Reports on military cantonments and civil stations in the Presidency of Bombay inspected by the Sanitary Commissioner in the years 1875 and 1876
Year: 1875
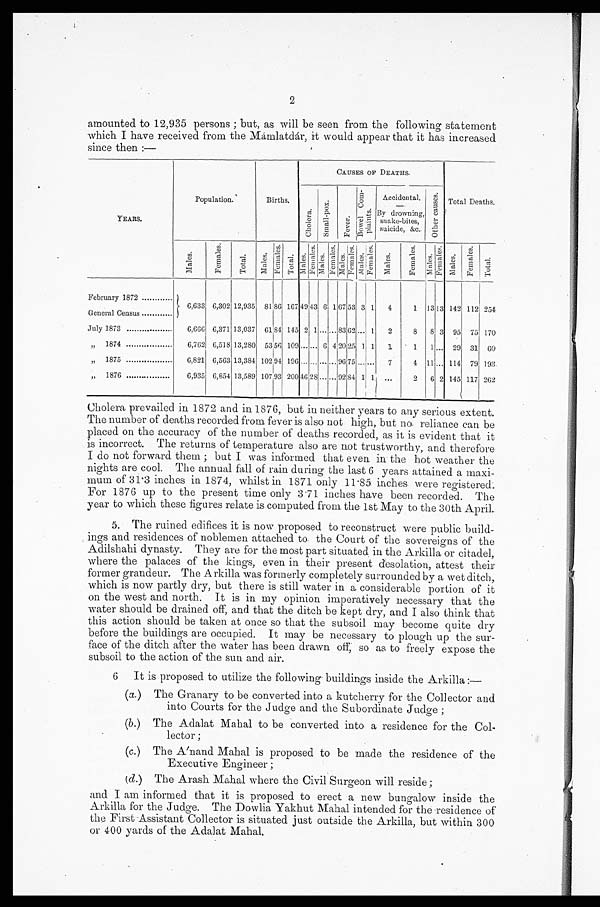
2
amounted to 12,935 persons; but, as will be seen from the following statement
which I have received from the Mámlatdár, it would appear that it has increased
since then:—
Y E A R S .
Population.
Births.
CAUSES OF DEATHS.
C h o l e r a .
S m a l l - p o x .
F e v e r .
B o w e l C o m - p l a i n t s . Accidental.
By drowning,
snake-bites,
suicide, &c. O t h e r c a u s e s .
Total Deaths,
M a l e s .
F e m a l e s .
T o t a l .
M a l e s .
F e ma l e s .
T o t a l . M a l e s .
F e m a l e s .
M a l e s .
F e m a l e s .
M a l e s .
Fe ma l e s . M a l e s .
F e m a l e s . M a l e s .
F e m a l e s .
M a l e s .
F e m a l e s .
M a l e s .
F e m a l e s .
T o t a l .
February 1872 . . .
6,633 6,302 12,935 81 86 167 49
4 3 6 1 67 53 3 1 4
1 13 13 142 112 254
General Census . . .
July 1873 . . .
6,666 6,371 13,037 61 84 145 2 1 . . . . . . 83 62 . . . 1 2
8 8 3 95 75 170
" 1874 . . .
6,762 6,518 13,280
5 3
56 109 . . . . . . 6 4 20 25 1 1 1
1 1 . . . 29 31 60
" 1875 . . .
6,821 6,563 13,384 102 94 196 . . . . . . . . . . . . 96 75 . . . . . . 7
4 11 . . . 114 79 193
" 1876 . . .
6,935 6,654 13,589 107 93 200 46 28 . . .
. . . 92 84 1 1 . . .
2 6 2 145 117 262
Cholera prevailed in 1872 and in 1876, but in neither years to any serious extent.
The number of deaths recorded from fever is also not high, but no reliance can be
placed on the accuracy of the number of deaths recorded, as it is evident that it
is incorrect. The returns of temperature also are not trustworthy, and therefore
I do not forward them; but I was informed that even in the hot weather the
nights are cool. The annual fall of rain during the last 6 years attained a maxi--
mum of 31.3 inches in 1874, whilst in 1871 only 11.85 inches were registered.
For 1876 up to the present time only 3.71 inches have been recorded. The
year to which these figures relate is computed from the 1st May to the 30th April.
5. The ruined edifices it is now proposed to reconstruct were public build-
- i n g s a n d r e s i d e n c e s o f n o b l e m e n a t t a c h e d t o t h e C o u r t o f t h e s o v e r e i g n s o f t h e
Adilshahi dynasty. They are for the most part situated in the Arkilla or citadel,
where the palaces of the kings, even in their present desolation, attest their
former grandeur. The A rkilla was formerly completely surrounded by a wet ditch,
which is now partly dry, but there is still water in a considerable portion of it
on the west and north. It is in my opinion imperatively necessary that the
water should be drained off, and that the ditch be kept dry, and I also think that
this action should be taken at once so that the subsoil may become quite dry
before the buildings are occupied. It may be necessary to plough up the sur-
face of the ditch after the water has been drawn off, so as to freely expose the
subsoil to the action of the sun and air.
6 It is proposed to utilize the following buildings inside the Arkilla:
—
(a) The Granary to be converted into a kutcherry for the Collector and
into Courts for the Judge and the Subordinate Judge;
(b) The Adalat Mahal to be converted into a residence for the Col
-lector;
(c) The Anand Mahal is proposed to be made the residence of the
Executive Engineer;
(d) The Arash Mahal where the Civil Surgeon will reside;
and I am informed that it is proposed to erect a new bungalow inside the
Arkilla for the Judge. The Dowlia Yakhut Mahal intended for the residence of
the First Assistant Collector is situated just outside the Arkilla, but within 300
or 400 yards of the Adalat Mahal.